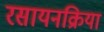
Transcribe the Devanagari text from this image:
रसायनक्रिया